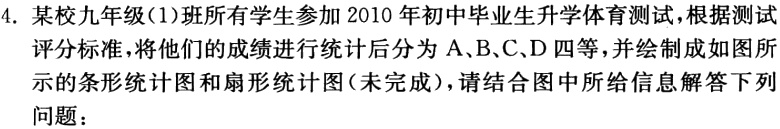
4. 某校九年级(1)班所有学生参加 2010 年初中毕业生升学体育测试，根据测试
评分标准，将他们的成绩进行统计后分为 A、B、C、D 四等，并绘制成如图所
示的条形统计图和扇形统计图(未完成)，请结合图中所给信息解答下列
问题：